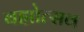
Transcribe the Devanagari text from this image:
बह्मोत्‍सव